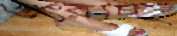
ওৎরাচ্ছ